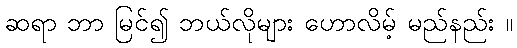
ဆရာ ဘာ မြင်၍ ဘယ်လိုများ ဟောလိမ့် မည်နည်း ။